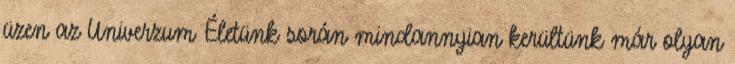
üzen az Univerzum Életünk során mindannyian kerültünk már olyan